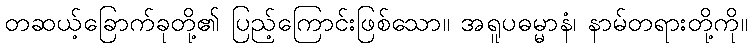
တဆယ့်ခြောက်ခုတို့၏ ပြည့်ကြောင်းဖြစ်သော။ အရူပဓမ္မာနံ၊ နာမ်တရားတို့ကို။